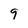
Character: 9